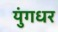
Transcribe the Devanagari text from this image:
युंगधर